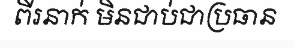
ពីរនាក់ មិនជាប់ជាប្រធាន